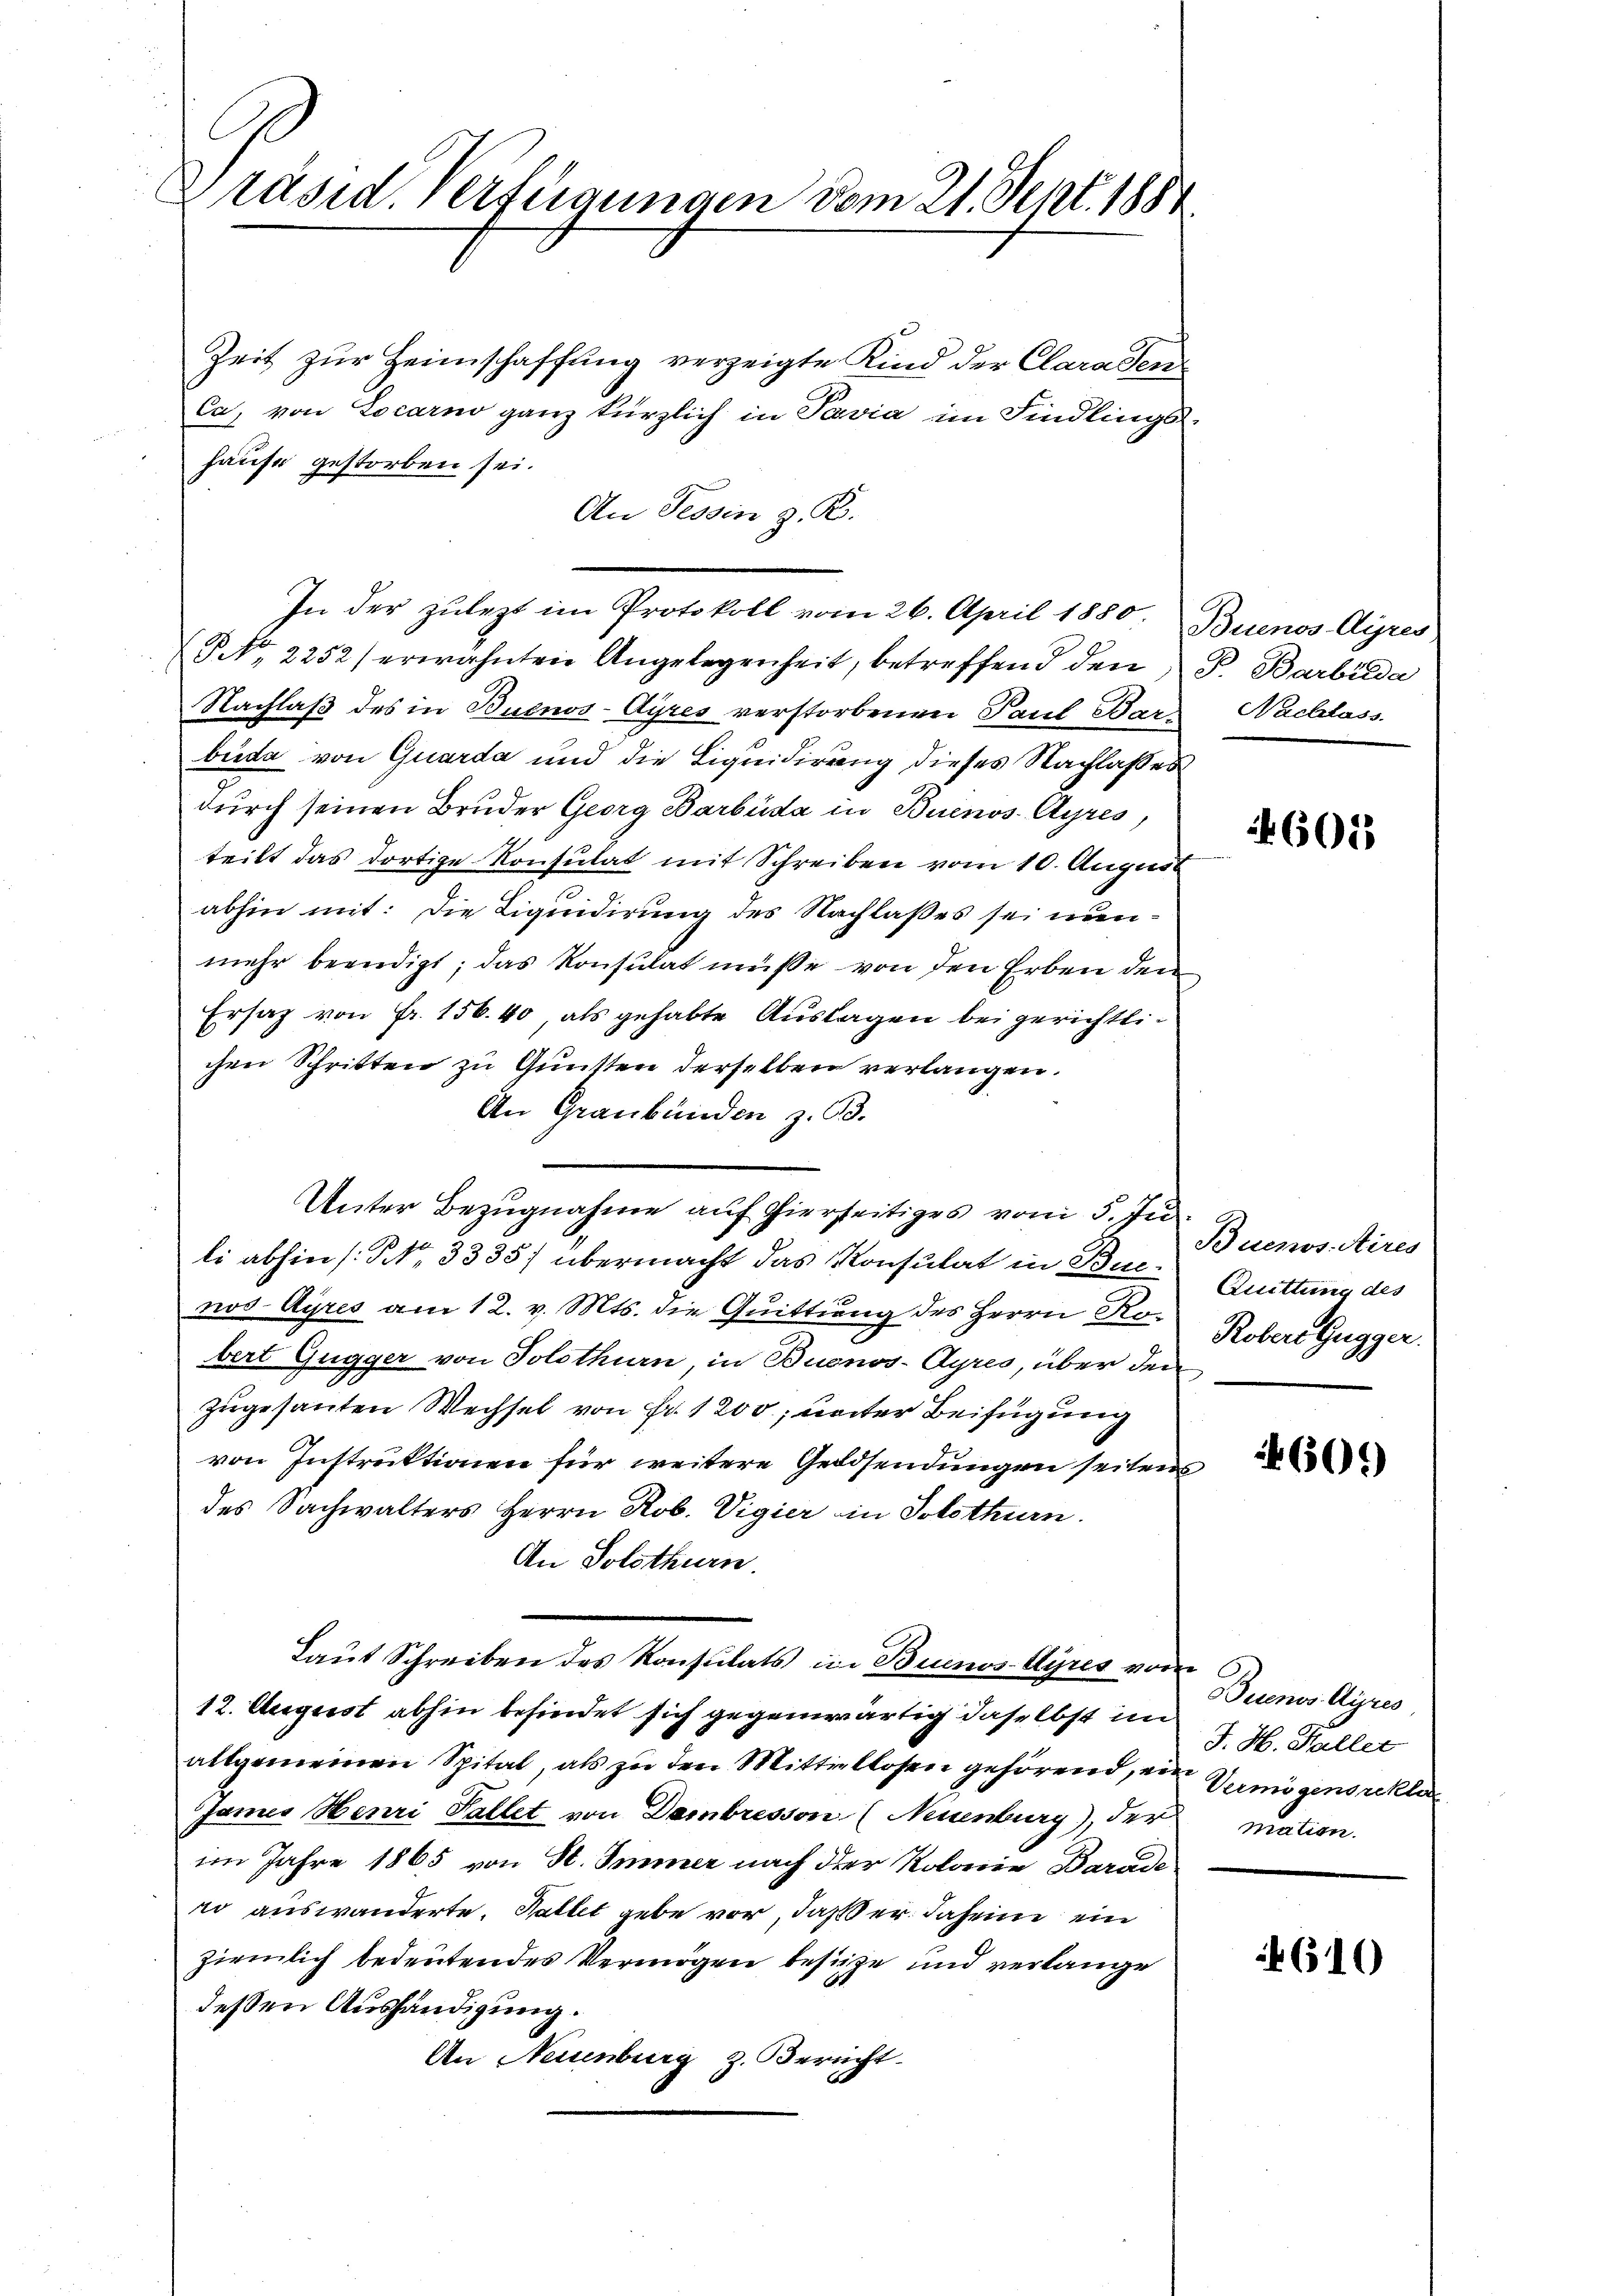
Präsid. Verfügungen vom 21. Sept. 1884.

Zeit zur Heimschaffung verzeigte Kind der Clarasen¬
Ca, von Locarno ganz kürzlich in Pavia im Findlings-
hause gestorben sei.
An Tessin z. R.
NNo. 2252/ erwähnten Angelegenheit, betreffend den P. Barbilda
Nachlaß des in Buenos-Ayres verstorbenen Paul Barbeide von Quarda und die Liquidirung dieses Nachlasses
durch seinen Bruder Georg Barbüda in Buenos Ayres,
teilt das dortige Konsulat mit Schreiben vom 10. August
abhin mit: Die Liquidirung des Nachlaßes sei nunmehr beendigt; das Konsulat müsse von den Erben dem
Ersatz von Fr. 156. 40, als gehabte Auslagen bei gerichtlichen Schritten zu Gunsten derselben verlangen.
An Graubünden z. B.
li abhin (NNo. 3335) übermacht das Konsulat in Buenos Ayres am 12. v. Mts. die Quittung des Herrn Robert Gugger von Solothurn in Buenos-Ayres, über den
zugesanten Wechsel von Fr. 1200; unter Beifügung
von Instruktionen für weitere Geldsendungen seitens
des Sachwalters Herrn Rob. Vigier in Solothurn.
An Solothurn.
Laut Schreiben des Konsulats in Buenos-Ayres vom
12. August abhin befindet sich gegenwärtig daselbst im
allgemeinen Spital, als zu den Mittellosen gehörend, ein Vermögens rekla
James Henri Pallet von Dambresson (Neuenburg), der
im Jahre 1865 von St. Immer nach der Kolonie Barade
ro auswanderte. Hallet gebe vor, daß er daheim ein
ziemlich bedeutendes Vermögen besitze und verlange
deßen Aushändigung.
An Neuenburg z. Bericht

Unter Bezugnahme auf hierseitiges vom 5. Ju

In der zulezt im Protokoll vom 26. April 1880.

Buenos-Ayres
Nachlass.

601

Buenos Aires
Quittung des
Robers Gugger.

60.)

Buenos Ayres
J. H. Hallet
mation.

610